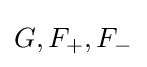
G,F_{+},F_{-}